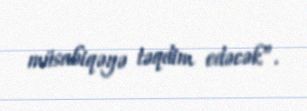
müsabiqəyə təqdim edəcək”.